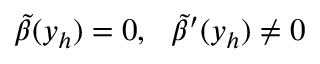
\tilde { \beta } ( y _ { h } ) = 0 , \ \ \tilde { \beta } ^ { \prime } ( y _ { h } ) \ne 0